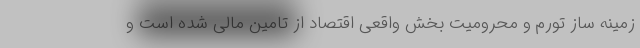
زمینه ساز تورم و محرومیت بخش واقعی اقتصاد از تامین مالی شده است و